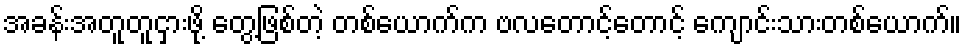
အခန်းအတူတူငှားဖို့ တွေ့ဖြစ်တဲ့ တစ်ယောက်က ဗလတောင့်တောင့် ကျောင်းသားတစ်ယောက်။